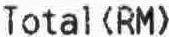
TOTAL(RM)